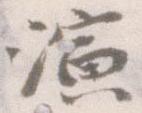
演